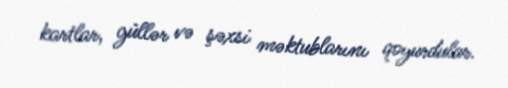
kartlar, güllər və şəxsi məktublarını qoyurdular.